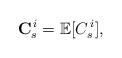
LaTeX: \begin{align*}\mathbf C_s^{\,i} = \mathbb E[C_s^{\,i}],\end{align*}